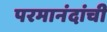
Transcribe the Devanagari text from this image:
परमानंदांची